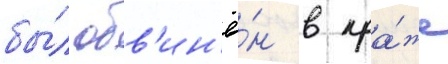
бы́л обв'ин'ё́н в кра́же